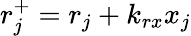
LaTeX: r_{j}^{+}=r_{j}+k_{rx}x_{j}